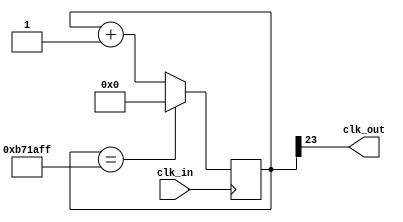
// This program was cloned from: https://github.com/Obijuan/open-fpga-verilog-tutorial
// License: GNU General Public License v2.0

//-----------------------------------------------------------------------------
//-- Divisor de frecuencia entre M
//-- (c) BQ. August 2015. written by Juan Gonzalez (obijuan)
//-----------------------------------------------------------------------------
//-- GPL license
//-----------------------------------------------------------------------------

//-- Entrada: clk_in. Seal original
//-- Salida: clk_out. Seal de frecuencia 1/M de la original
module divM(input wire clk_in, output wire clk_out);

//-- Valor por defecto del divisor
//-- Como en la iCEstick el reloj es de 12MHz, ponermos un valor de 12M
//-- para obtener una frecuencia de salida de 1Hz
parameter M = 12_000_000;

//-- Numero de bits para almacenar el divisor
//-- Se calculan con la funcion de verilog $clog2, que nos devuelve el 
//-- numero de bits necesarios para representar el numero M
//-- Es un parametro local, que no se puede modificar al instanciar
localparam N = $clog2(M);

//-- Registro para implementar el contador modulo M
reg [N-1:0] divcounter = 0;

//-- Contador mdulo M
always @(posedge clk_in)
  if (divcounter == M - 1) 
    divcounter <= 0;
  else 
    divcounter <= divcounter + 1;

//-- Sacar el bit mas significativo por clk_out
assign clk_out = divcounter[N-1];

endmodule